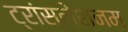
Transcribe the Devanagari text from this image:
ट्रांस्लेशनम